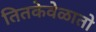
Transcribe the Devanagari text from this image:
तितकेवेळातो